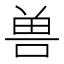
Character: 兽